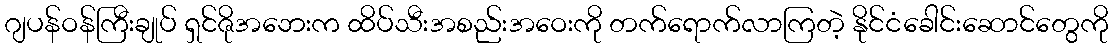
ဂျပန်ဝန်ကြီးချုပ် ရှင်ဇိုအဘေးက ထိပ်သီးအစည်းအဝေးကို တက်ရောက်လာကြတဲ့ နိုင်ငံခေါင်းဆောင်တွေကို